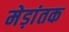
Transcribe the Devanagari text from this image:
मेड़ांतक